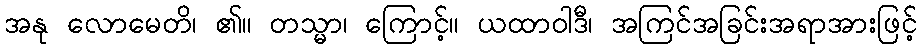
အနု လောမေတိ၊ ၏။ တသ္မာ၊ ကြောင့်။ ယထာဝါဒီ၊ အကြင်အခြင်းအရာအားဖြင့်